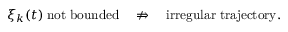
\xi _ { k } ( t ) \; \mathrm { n o t \; b o u n d e d } \quad \not \Rightarrow \quad \mathrm { i r r e g u l a r \; t r a j e c t o r y } .